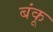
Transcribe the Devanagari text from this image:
बंकू